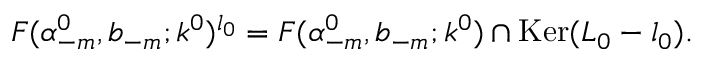
{ \cal F } ( \alpha _ { - m } ^ { 0 } , b _ { - m } ; k ^ { 0 } ) ^ { l _ { 0 } } = { \cal F } ( \alpha _ { - m } ^ { 0 } , b _ { - m } ; k ^ { 0 } ) \cap \mathrm { K e r } ( L _ { 0 } - l _ { 0 } ) .